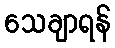
သေချာရန်